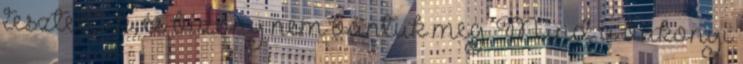
teszteltük, és bizony nem bántuk meg. Mind a bakonyi